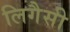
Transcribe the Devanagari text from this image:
लिगैसी